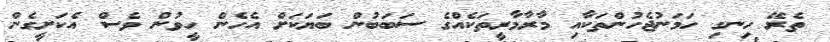
ތެރޭ ހިނގި ހަމަނުޖެހުންތަކާއި މާރާމާރީތަކެއްގެ ސަބަބުން ބަޔަކަށް އެހެން ހީވުން ވެސް އެކަށީގެން